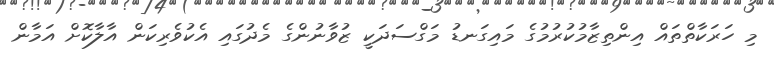
މި ހަރަކާތްތައް އިންތިޒާމުކުރުމުގެ މައިގަނޑު މަގްސަދަކީ ޒުވާނުންގެ މެދުގައި އެކުވެރިކަން އާލާކޮށް އަމާން